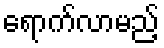
ရောက်လာမည့်